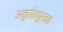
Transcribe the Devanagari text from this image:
अनुरोधपूर्वक